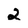
Character: 2